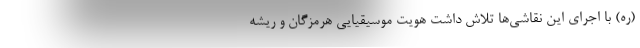
(ره) با اجرای این نقاشی‌ها تلاش داشت هویت موسیقیایی هرمزگان و ریشه